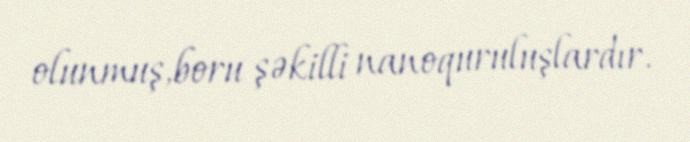
olunmuş,boru şəkilli nanoquruluşlardır.